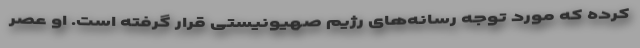
کرده که مورد توجه رسانه‌های رژیم صهیونیستی قرار گرفته است. او عصر